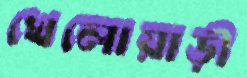
খেলোয়াড়ী